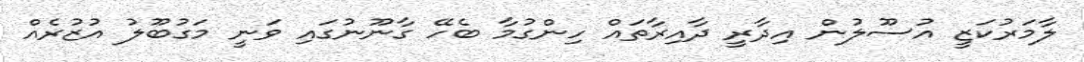
ލާމަރުކަޒީ އުސޫލުން އިދާރީ ދާއިރާތައް ހިންގުމާ ބެހޭ ގާނޫނުގައި ވަނީ މަގުބޫލު އުޒުރެއް